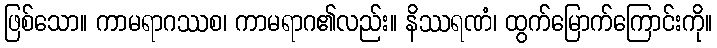
ဖြစ်သော။ ကာမရာဂဿစ၊ ကာမရာဂ၏လည်း။ နိဿရဏံ၊ ထွက်မြောက်ကြောင်းကို။